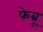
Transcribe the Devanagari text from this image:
फेब्रू